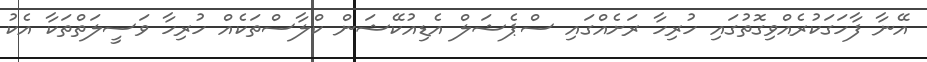
އޭނާ ފާހަގަކުރެއްވިގޮތުގައި ހުރިހާ ރަށެއްގައި ސްޕެޝަލް އެޑިއުކޭޝަން ކްލާސްތަކެއް ހުރިހާ ވަސީލަތްތަކާ އެކު